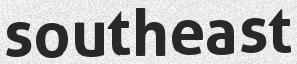
southeast